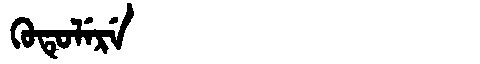
Manchu: ᡴᡠᡨᡠᠯᡝᡵᡝ
Romanization: KUTULERE